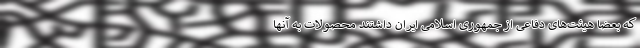
که بعضاً هیئت‌های دفاعی از جمهوری اسلامی ایران داشتند محصولات به آنها